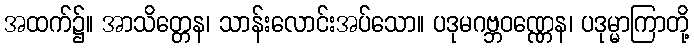
အထက်၌။ အာသိတ္တေန၊ သာန်းလောင်းအပ်သော။ ပဒုမဂဗ္ဘဝဏ္ဏေန၊ ပဒုမ္မာကြာတို့